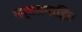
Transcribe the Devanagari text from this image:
सर्वसमाहित